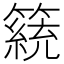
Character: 𥴗